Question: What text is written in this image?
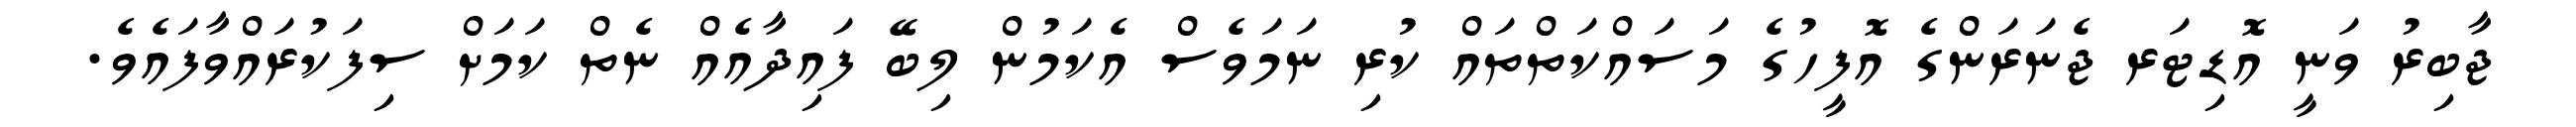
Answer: ޖާބިރު ވަނީ އޮޑިޓަރ ޖެނަރަންގެ އޮފީހުގެ މަސައްކަތްތައް ކުރި ނަމަވެސް އެކަމުން ލިބޭ ފައިދާއެއް ނެތް ކަމަށް ސިފަކުރައްވާފައެވެ.